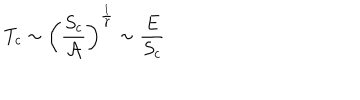
LaTeX: T _ { c } \sim \left( \frac { S _ { c } } { { \cal A } } \right) ^ { \frac { 1 } { \gamma } } \sim \frac { E } { S _ { c } }